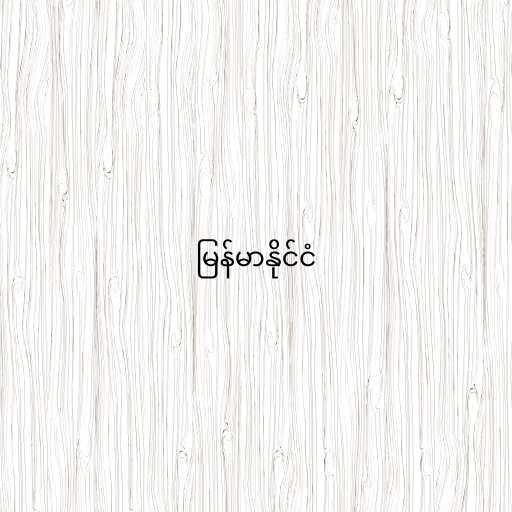
မြန်မာနိုင်ငံ